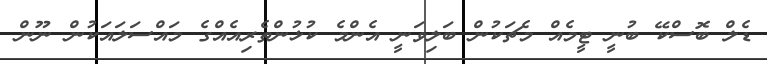
ޑެލް ބޮސްކޭ ބުނީ ޓީމެއް މެޗަކުން ބަލިވަނީ އެންމެ ކުޅުންތެރިއެއްގެ މައްސަލައަކުން ނޫން